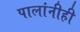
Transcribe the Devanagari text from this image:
पालांनीही